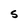
Character: S